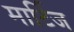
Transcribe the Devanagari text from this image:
मार्टिज